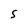
Character: S